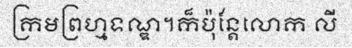
ក្រមព្រហ្មទណ្ឌ។ក៏ប៉ុន្តែលោក លី